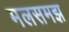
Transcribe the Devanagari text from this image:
मलसमझ